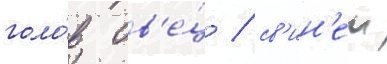
голо́в ов'е́ц / св'ин'еи